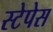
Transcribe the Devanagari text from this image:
स्टेपेस